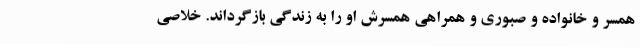
همسر و خانواده و صبوری و همراهی همسرش او را به زندگی بازگرداند. خلاصی